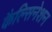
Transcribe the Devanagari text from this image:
कैल्सिनेशन